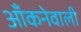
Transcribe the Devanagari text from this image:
आँकनेवाली